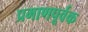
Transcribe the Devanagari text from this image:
प्रमाणपूर्वक